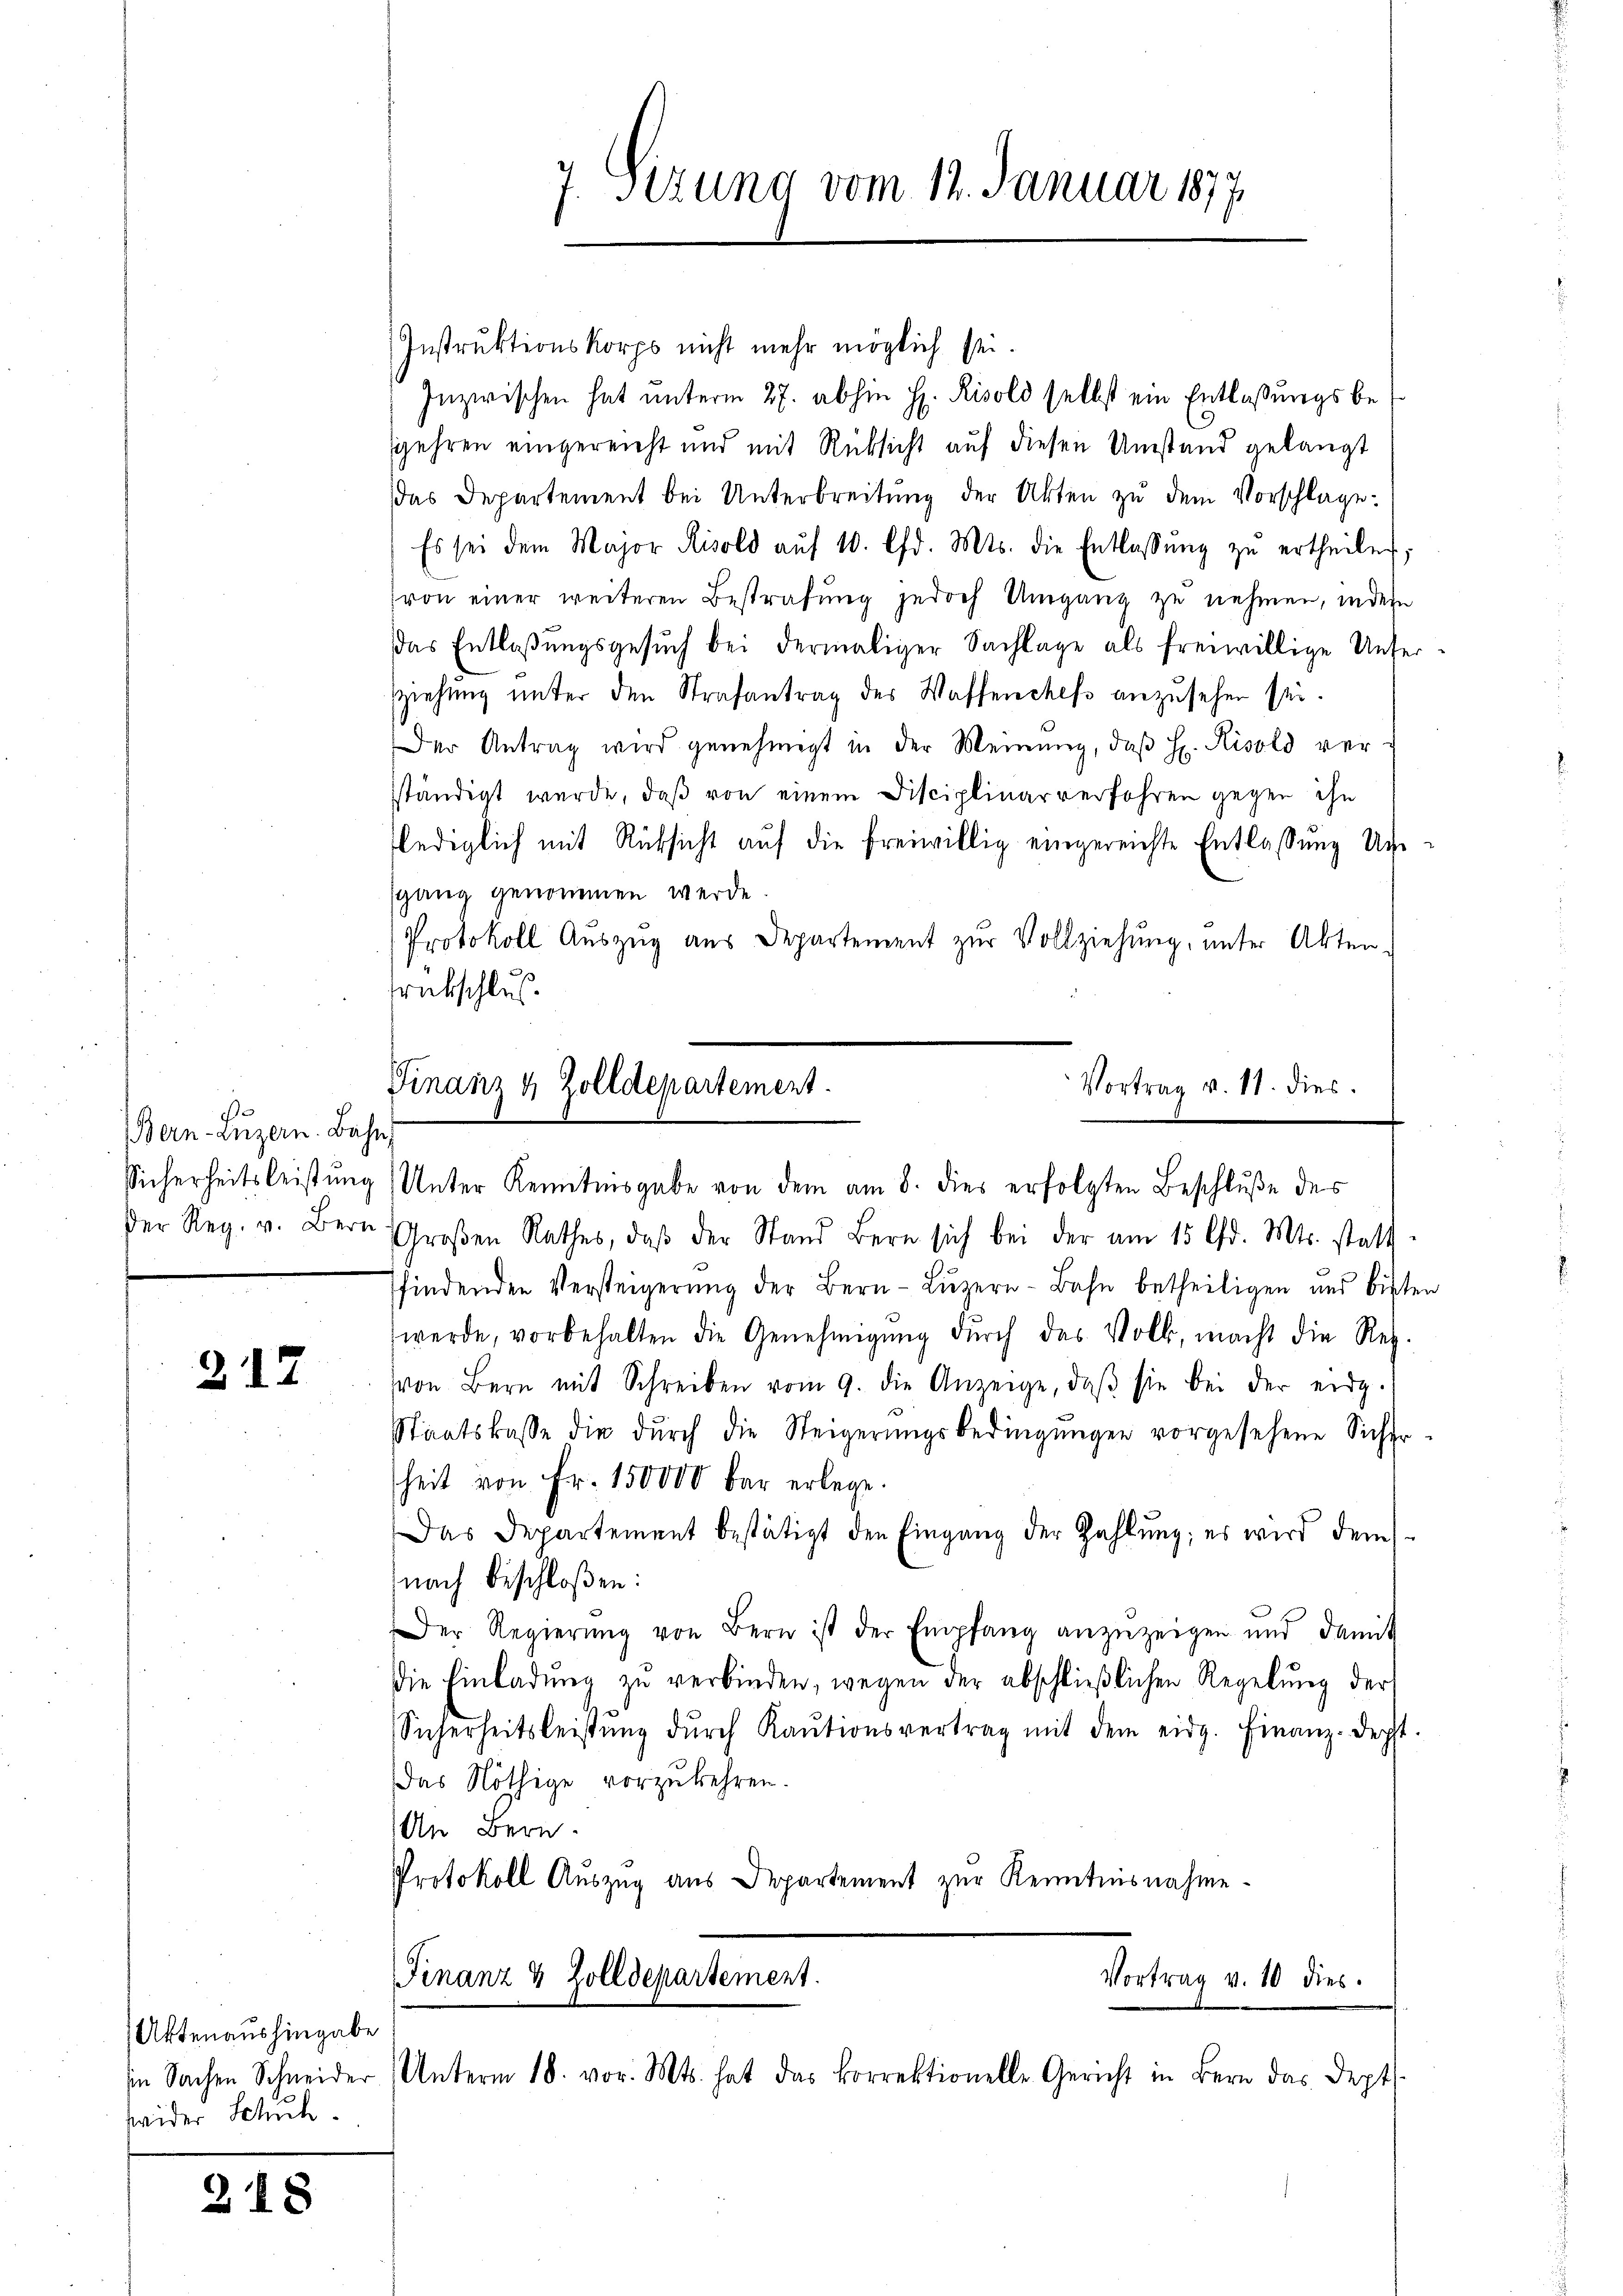
s
Bern-Luzern. Ba
Sicherheitsleist und
Der Reg. v. Bern

217

Aktenaushingabe
sin Sachen Schneider
wider Schuh

218

7. Sizung vom 12. Januar 1877

Instruktionskorps nicht mehr möglich sei.
Inzwischen hat unterm 27. abhin H. Risold selbst ein Entlaßungsbegehren eingereicht und mit Rücksicht auf diesen Umstand gelangt
das Departement bei Unterbreitung der Akten zu dem Vorschlage
Es sei dem Major Risold aŭf 10. lfd. Mts. die Entlassŭng zŭ ertheilen;
von einer weiteren Bestrafŭng jedoch Umgang zu nehmen, indern
das Entlaßungsgesŭch bei dermaliger Sachlage als freiwillige Unser
ziehung unter den Strafantrag des Wassenchefs anzusehen sei.
Der Antrag wird genehmigt in der Meinung, daβ H. Risold verständigt wurde, daß von einem Disciplinarverfahren gegen ihn
lediglich mit Rücksicht auf die freiwillig eingereichte Entlassung Un
gang genommen werde
Protokoll Auszug aus Departement zur Vollziehung, unter Akten-
rückschlus
Groβen Rathes, daβ der Stand Bern sich bei der am 15. d. Mts. statt
findenden Versteigerung der Bern Luzern - Bahn betheiligen und bisten
werde, vorbehalten die Genehmigŭng dŭrch das Volk, macht die Reg.
von Bern mit Schreiben vom 9. die Anzeige, daβ sie bei der eidg.
Staatskasse die dŭrch die Steigerŭngsbedingŭngen vorgesehene Sicher
heit von Fr. 150000 bar erlege.
Das Departement bestätigt den Eingang der Zahlung; es wird dem
nach beschloßen:
Der Regierŭng von Bern ist der Empfang anzuzeigen und damit
die Einladŭng zŭ verbinden, wegen der abschließlichen Regelung der
Sicherheitsleistŭng dŭrch Kaŭtionsvertrag mit dem eidg. Finanz-Dept
das Nöthige vorzukehren.
An Bern.
Protokoll Auszug aus Departement zur Kenntnisnahme
Finanz & Zolldepartement.
Vortrag v. 10 dies
Unterm 18. vor. Mts. hat das korrektionelle Gericht in Bern das Dept

Finanz & Zolldepartement.
Vortrag v. 11. dies
Unter Kenntnisgabe von dem am 8. dies erfolgten Beschluße des